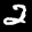
Label: 2